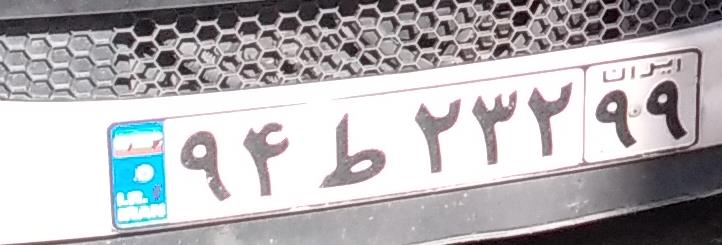
۹۴ط۲۳۲۹۹